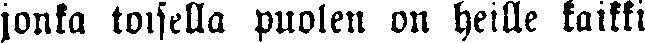
jonka toisella puolen on heille kaikki